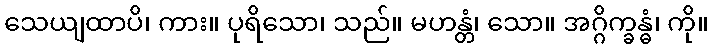
သေယျထာပိ၊ ကား။ ပုရိသော၊ သည်။ မဟန္တံ၊ သော။ အဂ္ဂိက္ခန္ဓံ၊ ကို။